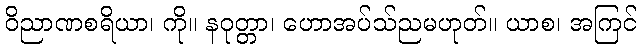
ဝိညာဏစရိယာ၊ ကို။ နဝုတ္တာ၊ ဟောအပ်သ်ညမဟုတ်။ ယာစ၊ အကြင်